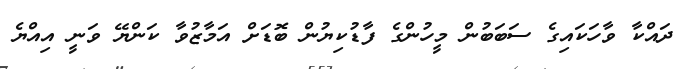
ދައްކާ ވާހަކައިގެ ސަބަބުން މީހުންގެ ފާޑުކިޔުން ބޮޑަށް އަމާޒުވާ ކަންޔޭ ވަނީ އިއްޔެ